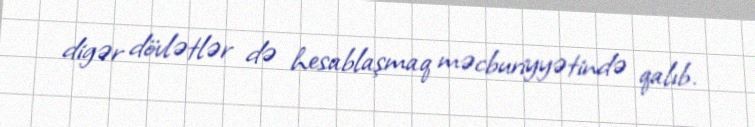
digər dövlətlər də hesablaşmaq məcburiyyətində qalıb.